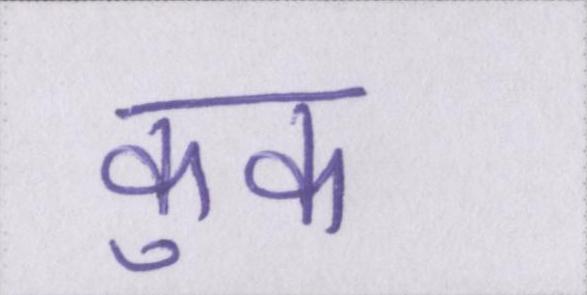
कुक